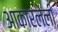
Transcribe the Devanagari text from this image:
आकारलेली